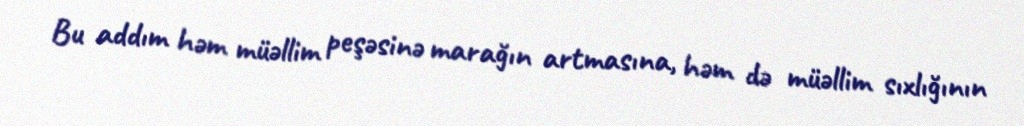
Bu addım həm müəllim peşəsinə marağın artmasına, həm də müəllim sıxlığının